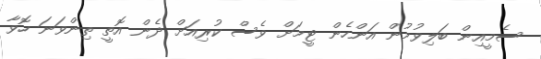
ސެމީއިން ބަލިވުމުން އަންހެން ޓީމަށް ވެސް ކުރިއަށް ދެން އޮތީ ތިންވަނަ ހޮވާ